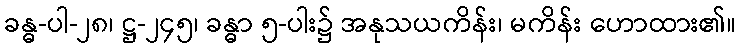
ခန္ဓ-ပါ-၂၈၊ ဋ္ဌ-၂၄၅၊ ခန္ဓာ ၅-ပါး၌ အနုသယကိန်း၊ မကိန်း ဟောထား၏။